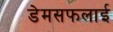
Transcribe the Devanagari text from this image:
डेमसफलाई